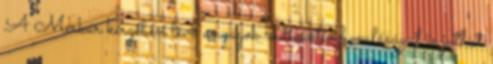
A Merkúr kérgében lévő anyagok radioaktív bomlásával is juthat